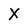
Character: X